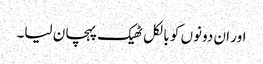
اور ان دونوں کو بالکل ٹھیک پہچان لیا۔